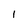
Character: 1